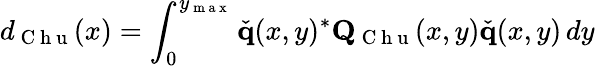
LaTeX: d_{\mathrm{~C~h~u~}}(x)=\int_{0}^{y_{\mathrm{~m~a~x~}}}\check{\mathbf{q}}(x,y)^{*}\mathbf{Q}_{\mathrm{~C~h~u~}}(x,y)\check{\mathbf{q}}(x,y)\, dy